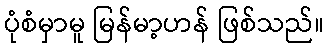
ပုံစံမှာမူ မြန်မာ့ဟန် ဖြစ်သည်။